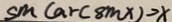
\sin ( \arcsin ) = x